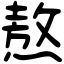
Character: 熬